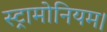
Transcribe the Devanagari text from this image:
स्ट्रामोनियम।